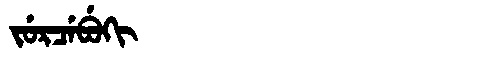
Manchu: ᠵᡠᡵᠴᡝᠪᡠᡴᡳ
Romanization: JURCEBUKI